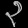
Digit: ၃